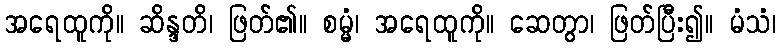
အရေထူကို။ ဆိန္ဒတိ၊ ဖြတ်၏။ စမ္မံ၊ အရေထူကို။ ဆေတွာ၊ ဖြတ်ပြီး၍။ မံသံ၊